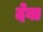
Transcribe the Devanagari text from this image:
देबा